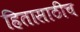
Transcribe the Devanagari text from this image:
हितासाठीच